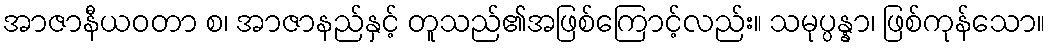
အာဇာနီယဝတာ စ၊ အာဇာနည်နှင့် တူသည်၏အဖြစ်ကြောင့်လည်း။ သမုပ္ပန္နာ၊ ဖြစ်ကုန်သော။